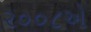
૨૦૦૮એ